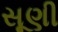
સૂણી